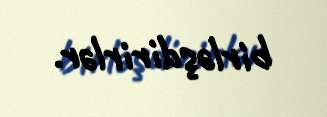
birləşdirirlər.